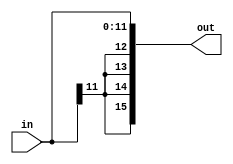
module sign_extenderJump(
	input [11:0] in,
	output [15:0] out);

  assign out ={{4{in[11]}}, in[11:0]}; // sign-extends

endmodule